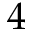
4